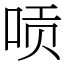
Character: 唝